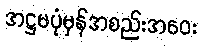
အဋ္ဌမပုံမှန်အစည်းအဝေး